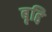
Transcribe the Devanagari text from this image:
बृद्दि